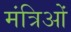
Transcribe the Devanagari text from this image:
मंत्रिओं